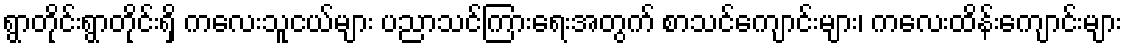
ရွာတိုင်းရွာတိုင်းရှိ ကလေးသူငယ်များ ပညာသင်ကြားရေးအတွက် စာသင်ကျောင်းများ၊ ကလေးထိန်းကျောင်းများ